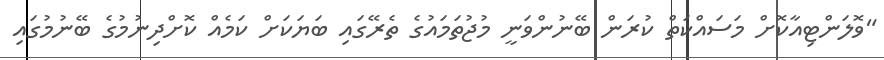
"ވޮލަންޓިއާކޮށް މަސައްކަތް ކުރަން ބޭނުންވަނީ މުޖުތަމައުގެ ތެރޭގައި ބަޔަކަށް ކަމެއް ކޮށްދިނުމުގެ ބޭނުމުގައި